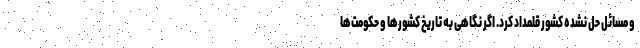
و مسائل حل نشده کشور قلمداد کرد. اگر نگاهی به تاریخ کشورها و حکومت‌ها